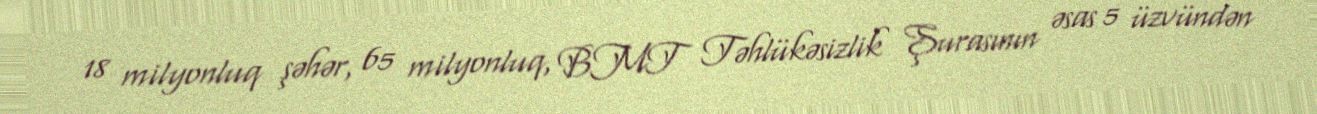
18 milyonluq şəhər, 65 milyonluq, BMT Təhlükəsizlik Şurasının əsas 5 üzvündən